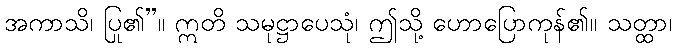
အကာသိ၊ ပြု၏”။ ဣတိ သမုဋ္ဌာပေသုံ၊ ဤသို့ ဟောပြောကုန်၏။ သတ္ထာ၊